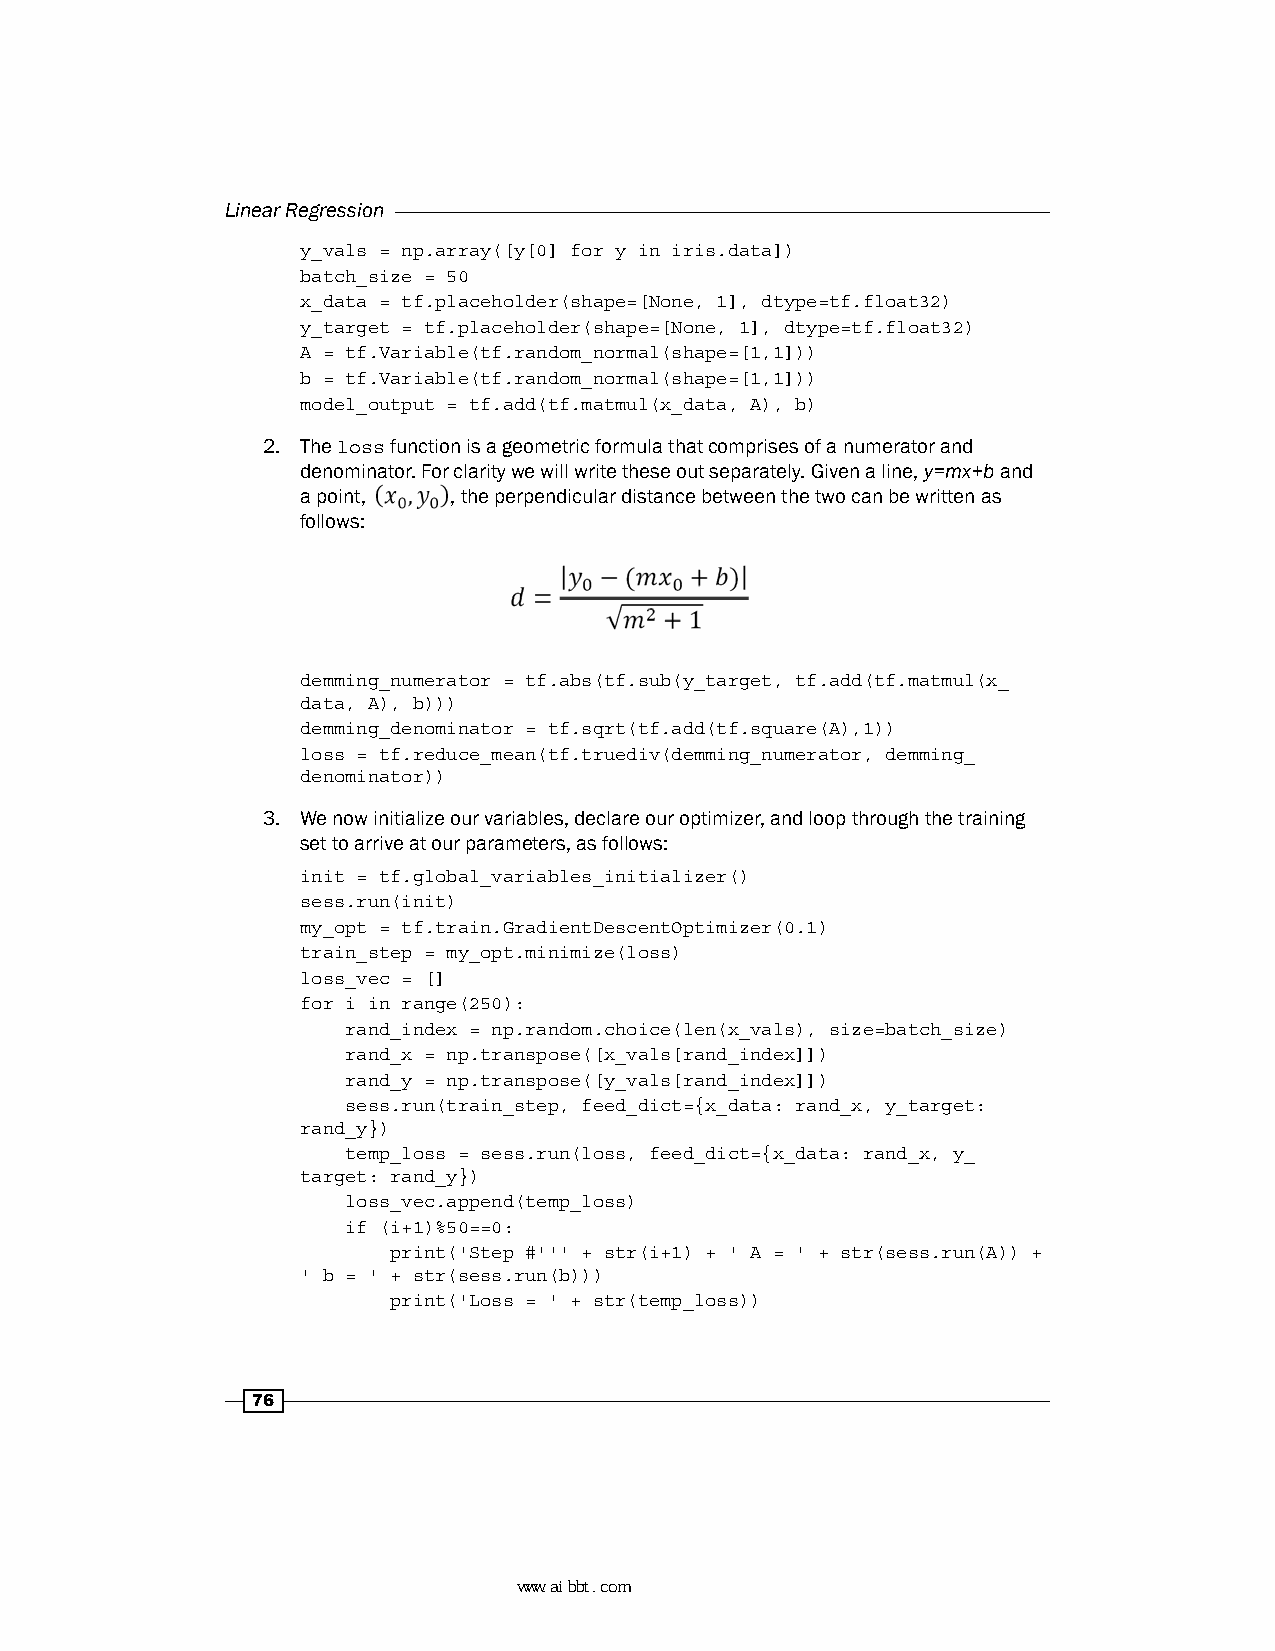
Linear Regression
 y_vals = np.array([y[0] for y in iris.data])
 batch_size = 50
 x_data = tf.placeholder(shape=[None, 1], dtype=tf.float32)
 y_target = tf.placeholder(shape=[None, 1], dtype=tf.float32)
 A = tf.Variable(tf.random_normal(shape=[1,1]))
 b = tf.Variable(tf.random_normal(shape=[1,1]))
 model_output = tf.add(tf.matmul(x_data, A), b)
 2. The loss function is a geometric formula that comprises of a numerator and
 denominator. For clarity we will write these out separately. Given a line, y=mx+b and
 a point,  , the perpendicular distance between the two can be written as
 follows:
 demming_numerator = tf.abs(tf.sub(y_target, tf.add(tf.matmul(x_
 data, A), b)))
 demming_denominator = tf.sqrt(tf.add(tf.square(A),1))
 loss = tf.reduce_mean(tf.truediv(demming_numerator, demming_
 denominator))
 3. We now initialize our variables, declare our optimizer, and loop through the training
 set to arrive at our parameters, as follows:
 init = tf.global_variables_initializer()
 sess.run(init)
 my_opt = tf.train.GradientDescentOptimizer(0.1)
 train_step = my_opt.minimize(loss)
 loss_vec = []
 for i in range(250):
 rand_index = np.random.choice(len(x_vals), size=batch_size)
 rand_x = np.transpose([x_vals[rand_index]])
 rand_y = np.transpose([y_vals[rand_index]])
 sess.run(train_step, feed_dict={x_data: rand_x, y_target:
 rand_y})
 temp_loss = sess.run(loss, feed_dict={x_data: rand_x, y_
 target: rand_y})
 loss_vec.append(temp_loss)
 if (i+1)%50==0:
 print('Step #''' + str(i+1) + ' A = ' + str(sess.run(A)) +
 ' b = ' + str(sess.run(b)))
 print('Loss = ' + str(temp_loss))
 76
 www.aibbt.com 让未来触手可及